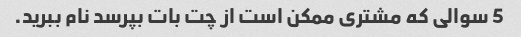
5 سوالی که مشتری ممکن است از چت بات بپرسد نام ببرید.